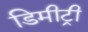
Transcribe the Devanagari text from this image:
डिमीट्री